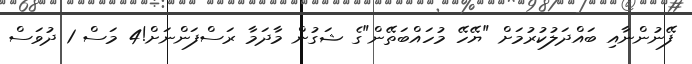
ފޭނުންނާއި ބައްދަލުކުރުމަށް "ޔޭހޭ މުހައްބަތޭން"ގެ ޝަގުން މާދަމާ ރަސްފަންނަށް!4 މަސް 1 ދުވަސް